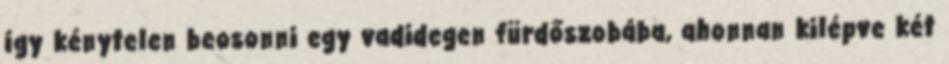
így kénytelen beosonni egy vadidegen fürdőszobába, ahonnan kilépve két